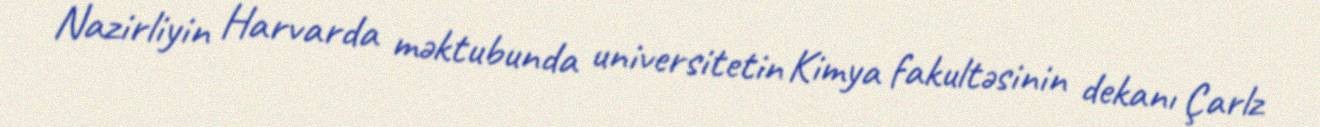
Nazirliyin Harvarda məktubunda universitetin Kimya fakultəsinin dekanı Çarlz